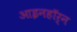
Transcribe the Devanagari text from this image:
आइनहॉर्न